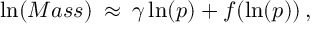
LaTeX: \ln ( M a s s ) \: \approx \: \gamma \ln ( p ) + f ( \ln ( p ) ) \, ,